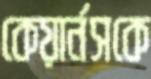
কেয়ার্নসকে